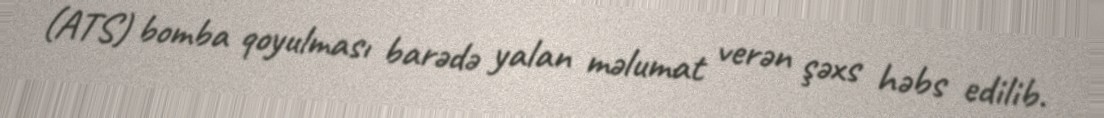
(ATS) bomba qoyulması barədə yalan məlumat verən şəxs həbs edilib.